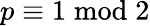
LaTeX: p\equiv 1{\bmod{2}}